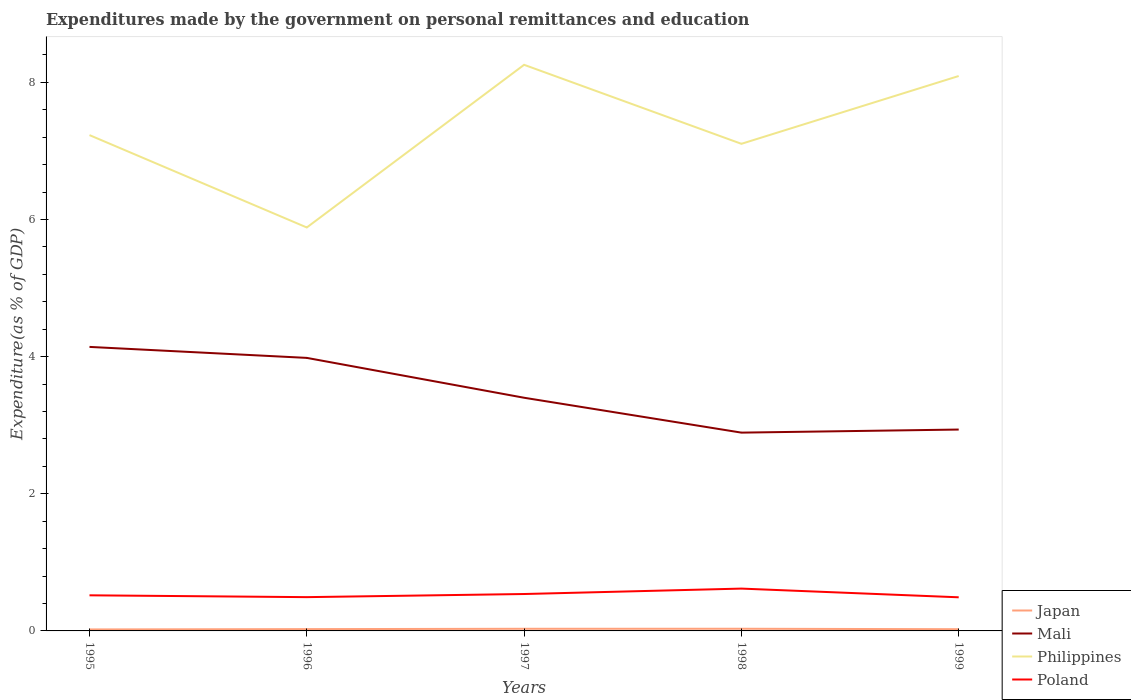
| Years | Japan | Mali | Philippines | Poland |
 | --- | --- | --- | --- | --- |
 | 1995 | 0.0216 | 4.14 | 7.23 | 0.519 |
 | 1996 | 0.0261 | 3.98 | 5.88 | 0.493 |
 | 1997 | 0.0311 | 3.4 | 8.26 | 0.538 |
 | 1998 | 0.0317 | 2.89 | 7.1 | 0.617 |
 | 1999 | 0.025 | 2.94 | 8.09 | 0.49 |